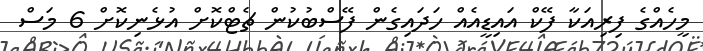
މީހެއްގެ ފިރިއަކާ ފޭކް އައިޑީއެއް ހަދައިގެން ފޭސްބުކުން ޗެޓްކޮށް އުޅެނިކޮށް 6 މަސް